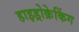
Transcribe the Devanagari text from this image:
हाइड्रोक्रेकिंग